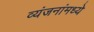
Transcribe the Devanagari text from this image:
व्यंजनांमध्ये